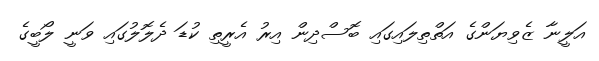
އަލީނާ ޒެވިޔަންގެ އަތްތިލައިގައި ބޮސްދިން އިރު އެރީތި ކުޑަ ދެލޮލުގައި ވަނީ ލޯބީގެ